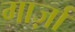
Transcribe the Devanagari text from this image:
गार्ज़ा